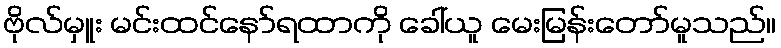
ဗိုလ်မှူး မင်းထင်နော်ရထာကို ခေါ်ယူ မေးမြန်းတော်မူသည်။